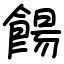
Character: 餳